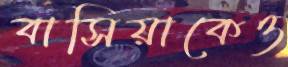
বাসিয়াকেও